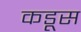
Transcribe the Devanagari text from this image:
कडूस